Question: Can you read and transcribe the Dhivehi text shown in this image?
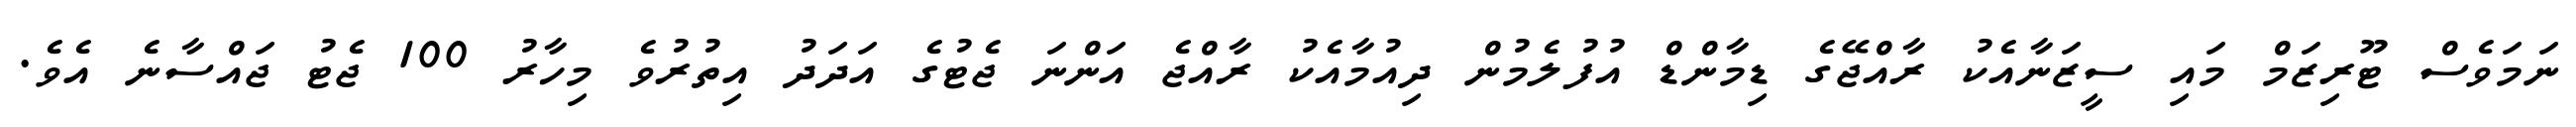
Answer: ނަމަވެސް ޓޫރިޒަމް މައި ސީޒަނާއެކު ރާއްޖޭގެ ޑިމާންޑް އުފުލެމުން ދިއުމާއެކު ރާއްޖެ އަންނަ ޖެޓުގެ އަދަދު އިތުރުވެ މިހާރު 100 ޖެޓު ޖައްސާނެ އެވެ.